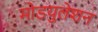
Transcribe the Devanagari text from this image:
मोडयुलेशन